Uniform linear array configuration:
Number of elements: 8
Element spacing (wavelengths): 0.75
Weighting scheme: hann
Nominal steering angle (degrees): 15
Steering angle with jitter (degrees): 13.176
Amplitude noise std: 0.05
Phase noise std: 0.05

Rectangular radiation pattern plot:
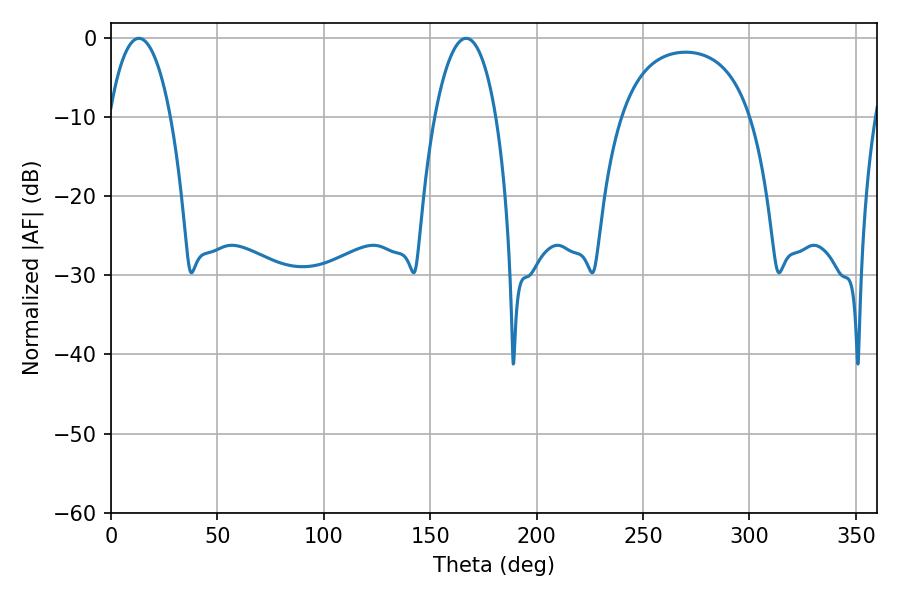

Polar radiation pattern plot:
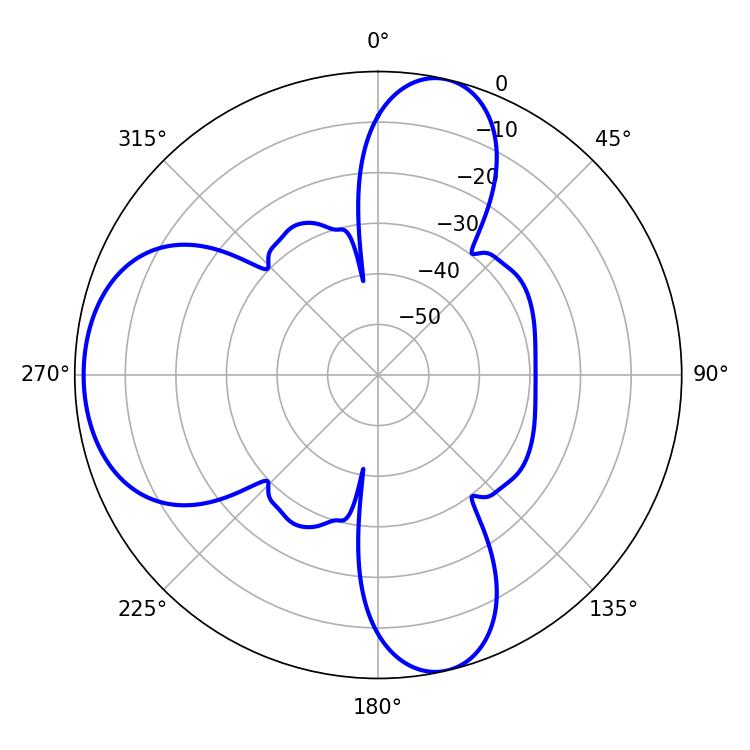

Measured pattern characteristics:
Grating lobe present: TRUE
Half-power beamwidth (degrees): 16.2
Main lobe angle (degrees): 13.14